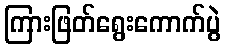
ကြားဖြတ်ရွေးကောက်ပွဲ